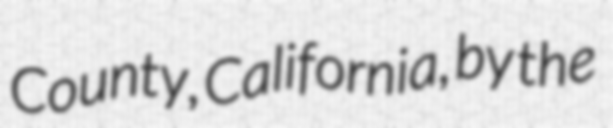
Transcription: County, California, by the